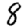
Digit: 8